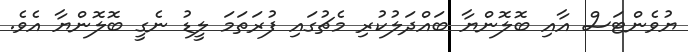
ޔުވެންޓަސް އާއި ބޮލޮންޔާ ބައްދަލުކުރި މެޗުގައި ފުރަތަމަ ލީޑު ނެގީ ބޮލޮންޔާ އެވެ.